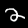
Digit: 2